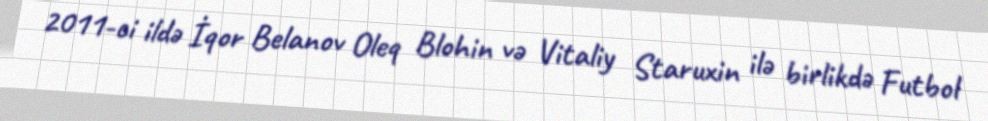
2011-ci ildə İqor Belanov Oleq Blohin və Vitaliy Staruxin ilə birlikdə Futbol